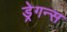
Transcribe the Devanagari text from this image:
ड्रेगन्स